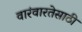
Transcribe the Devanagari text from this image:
वारंवारतेसाठी